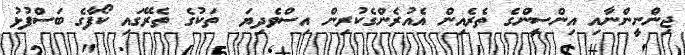
ޖިންނީންނާއި އިންސީންގެ ތެރެއިން އެއުރެންގެކުރިން އިސްވެދިޔަ  ތަކުގެ ތެރޭގައި ކޯފާގެ ބަސްފުޅު